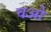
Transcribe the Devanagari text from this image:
चओ